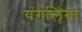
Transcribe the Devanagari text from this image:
यंगलिंगा